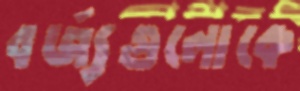
বর্জ্যগুলোকে